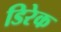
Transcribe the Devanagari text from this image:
डिरेक